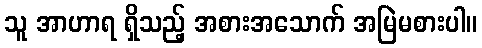
သူ အာဟာရ ရှိသည့် အစားအသောက် အမြဲမစားပါ။